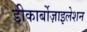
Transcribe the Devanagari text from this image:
डीकार्बोज़ाइलेशन